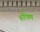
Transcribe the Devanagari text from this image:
रुपिण